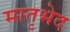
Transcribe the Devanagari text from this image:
मातृभेद